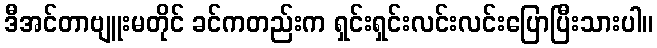
ဒီအင်တာဗျူးမတိုင် ခင်ကတည်းက ရှင်းရှင်းလင်းလင်းပြောပြီးသားပါ။